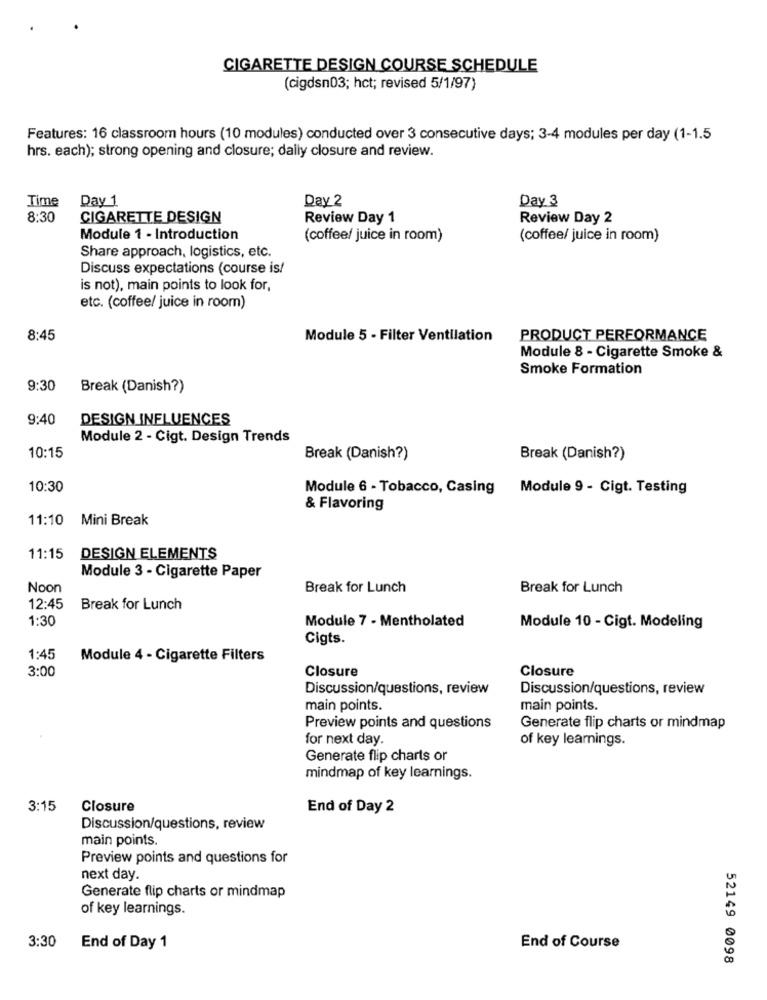
CIGARETTE DESIGN COURSE SCHEDULE
(cigdsn03; hct; revised 5/1/97)
Features: 16 classroom hours (10 modules) conducted over 3 consecutive days; 3-4 modules per day (1-1.5
hrs. each); strong opening and closure; daily closure and review.
Day 1
Day 2
Day 3
Time
8:30
CIGARETTE DESIGN
Review Day 1
Review Day 2
Module 1 - Introduction
(coffee/ juice in room)
(coffee/ juice in room)
Share approach, logistics, etc.
Discuss expectations (course is/
is not), main points to look for,
etc. (coffee/ juice in room)
8:45
Module 5 - Filter Ventilation
PRODUCT PERFORMANCE
Module 8 - Cigarette Smoke &
Smoke Formation
9:30
Break (Danish?)
9:40
DESIGN INFLUENCES
Module 2 - Cigt. Design Trends
10:15
Break (Danish?)
Break (Danish?)
10:30
Module 6 - Tobacco, Casing Module 9 - Cigt. Testing
& Flavoring
11:10
Mini Break
11:15
DESIGN ELEMENTS
Module 3 - Cigarette Paper
Noon
Break for Lunch
Break for Lunch
12:45
Break for Lunch
1:30
Module 7 - Mentholated
Module 10 - Cigt. Modeling
Cigts.
1:45
Module 4 - Cigarette Filters
3:00
Closure
Closure
Discussion/questions, review
Discussion/questions, review
main points.
main points.
Preview points and questions
Generate flip charts or mindmap
for next day
of key learnings.
Generate flip charts or
mindmap of key learnings.
3:15
Closure
End of Day 2
Discussion/questions, review
main points.
Preview points and questions for
next day.
Generate flip charts or mindmap
of key learnings.
3:30
End of Day 1
End of Course
52149 0098